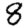
Digit: 8